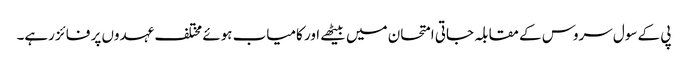
پی کے سول سروس کے مقابلہ جاتی امتحان میں بیٹھے اور کامیاب ہوئے مختلف عہدوں پر فائز رہے۔